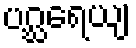
ပဂ္ဃရေယျ